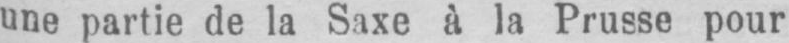
une partie de la Saxe à la Prusse pour